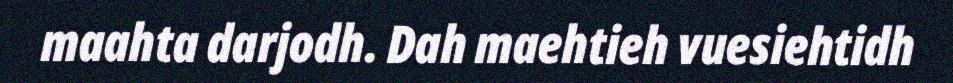
maahta darjodh. Dah maehtieh vuesiehtidh